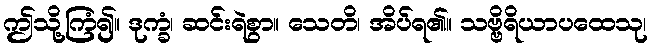
ဤသို့ကြံ၍။ ဒုက္ခံ၊ ဆင်းရဲစွာ။ သေတိ၊ အိပ်ရ၏။ သဗ္ဗိရိယာပထေသု၊